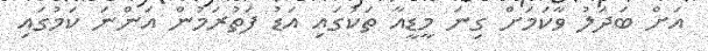
އަށް ބަދަލު ވާކަމަށް ގިނަ މީޑީއާ ތަކުގައި އަޑު ފަތުރަމުން އަންނަ ކަމުގައި